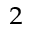
^ { 2 }